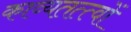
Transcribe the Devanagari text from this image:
काव्यतत्त्वों